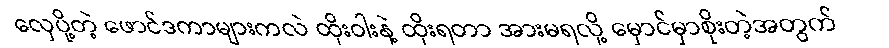
လှေပို့တဲ့ ဖောင်ဒကာများကလဲ ထိုးဝါးနဲ့ ထိုးရတာ အားမရလို့ မှောင်မှာစိုးတဲ့အတွက်